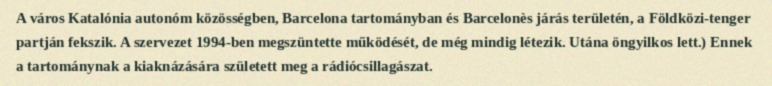
A város Katalónia autonóm közösségben, Barcelona tartományban és Barcelonès járás területén, a Földközi-tenger partján fekszik. A szervezet 1994-ben megszüntette működését, de még mindig létezik. Utána öngyilkos lett.) Ennek a tartománynak a kiaknázására született meg a rádiócsillagászat.